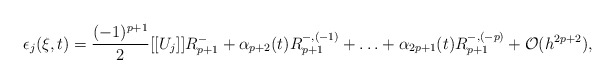
\begin{align*} \epsilon_j(\xi,t) = \frac{(-1)^{p+1}}{2} [[U_j]] R_{p+1}^- + \alpha_{p+2}(t) R_{p+1}^{-,(-1)} + \ldots + \alpha_{2p+1}(t)R_{p+1}^{-,(-p)} + \mathcal{O}(h^{2p+2}), \end{align*}